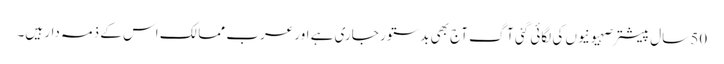
50 سال پیشتر صہیونیوں کی لگائی گئی آگ آج بھی بدستور جاری ہے اور عرب ممالک اس کے ذمہ دار ہیں۔